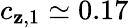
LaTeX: c_{\mathbf{z},1}\simeq0.17